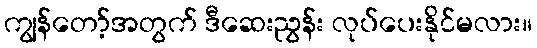
ကျွန်တော့်အတွက် ဒီဆေးညွန်း လုပ်ပေးနိုင်မလား။